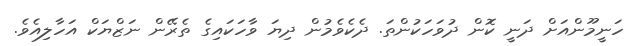
ހަނީމޫންއަށް ދަނީ ކޮން ދުވަހަކުންތަ. ދެކެވެމުން ދިޔަ ވާހަކައިގެ ތެރޭން ނަޒްޔަކް އަހާލިއެވެ.